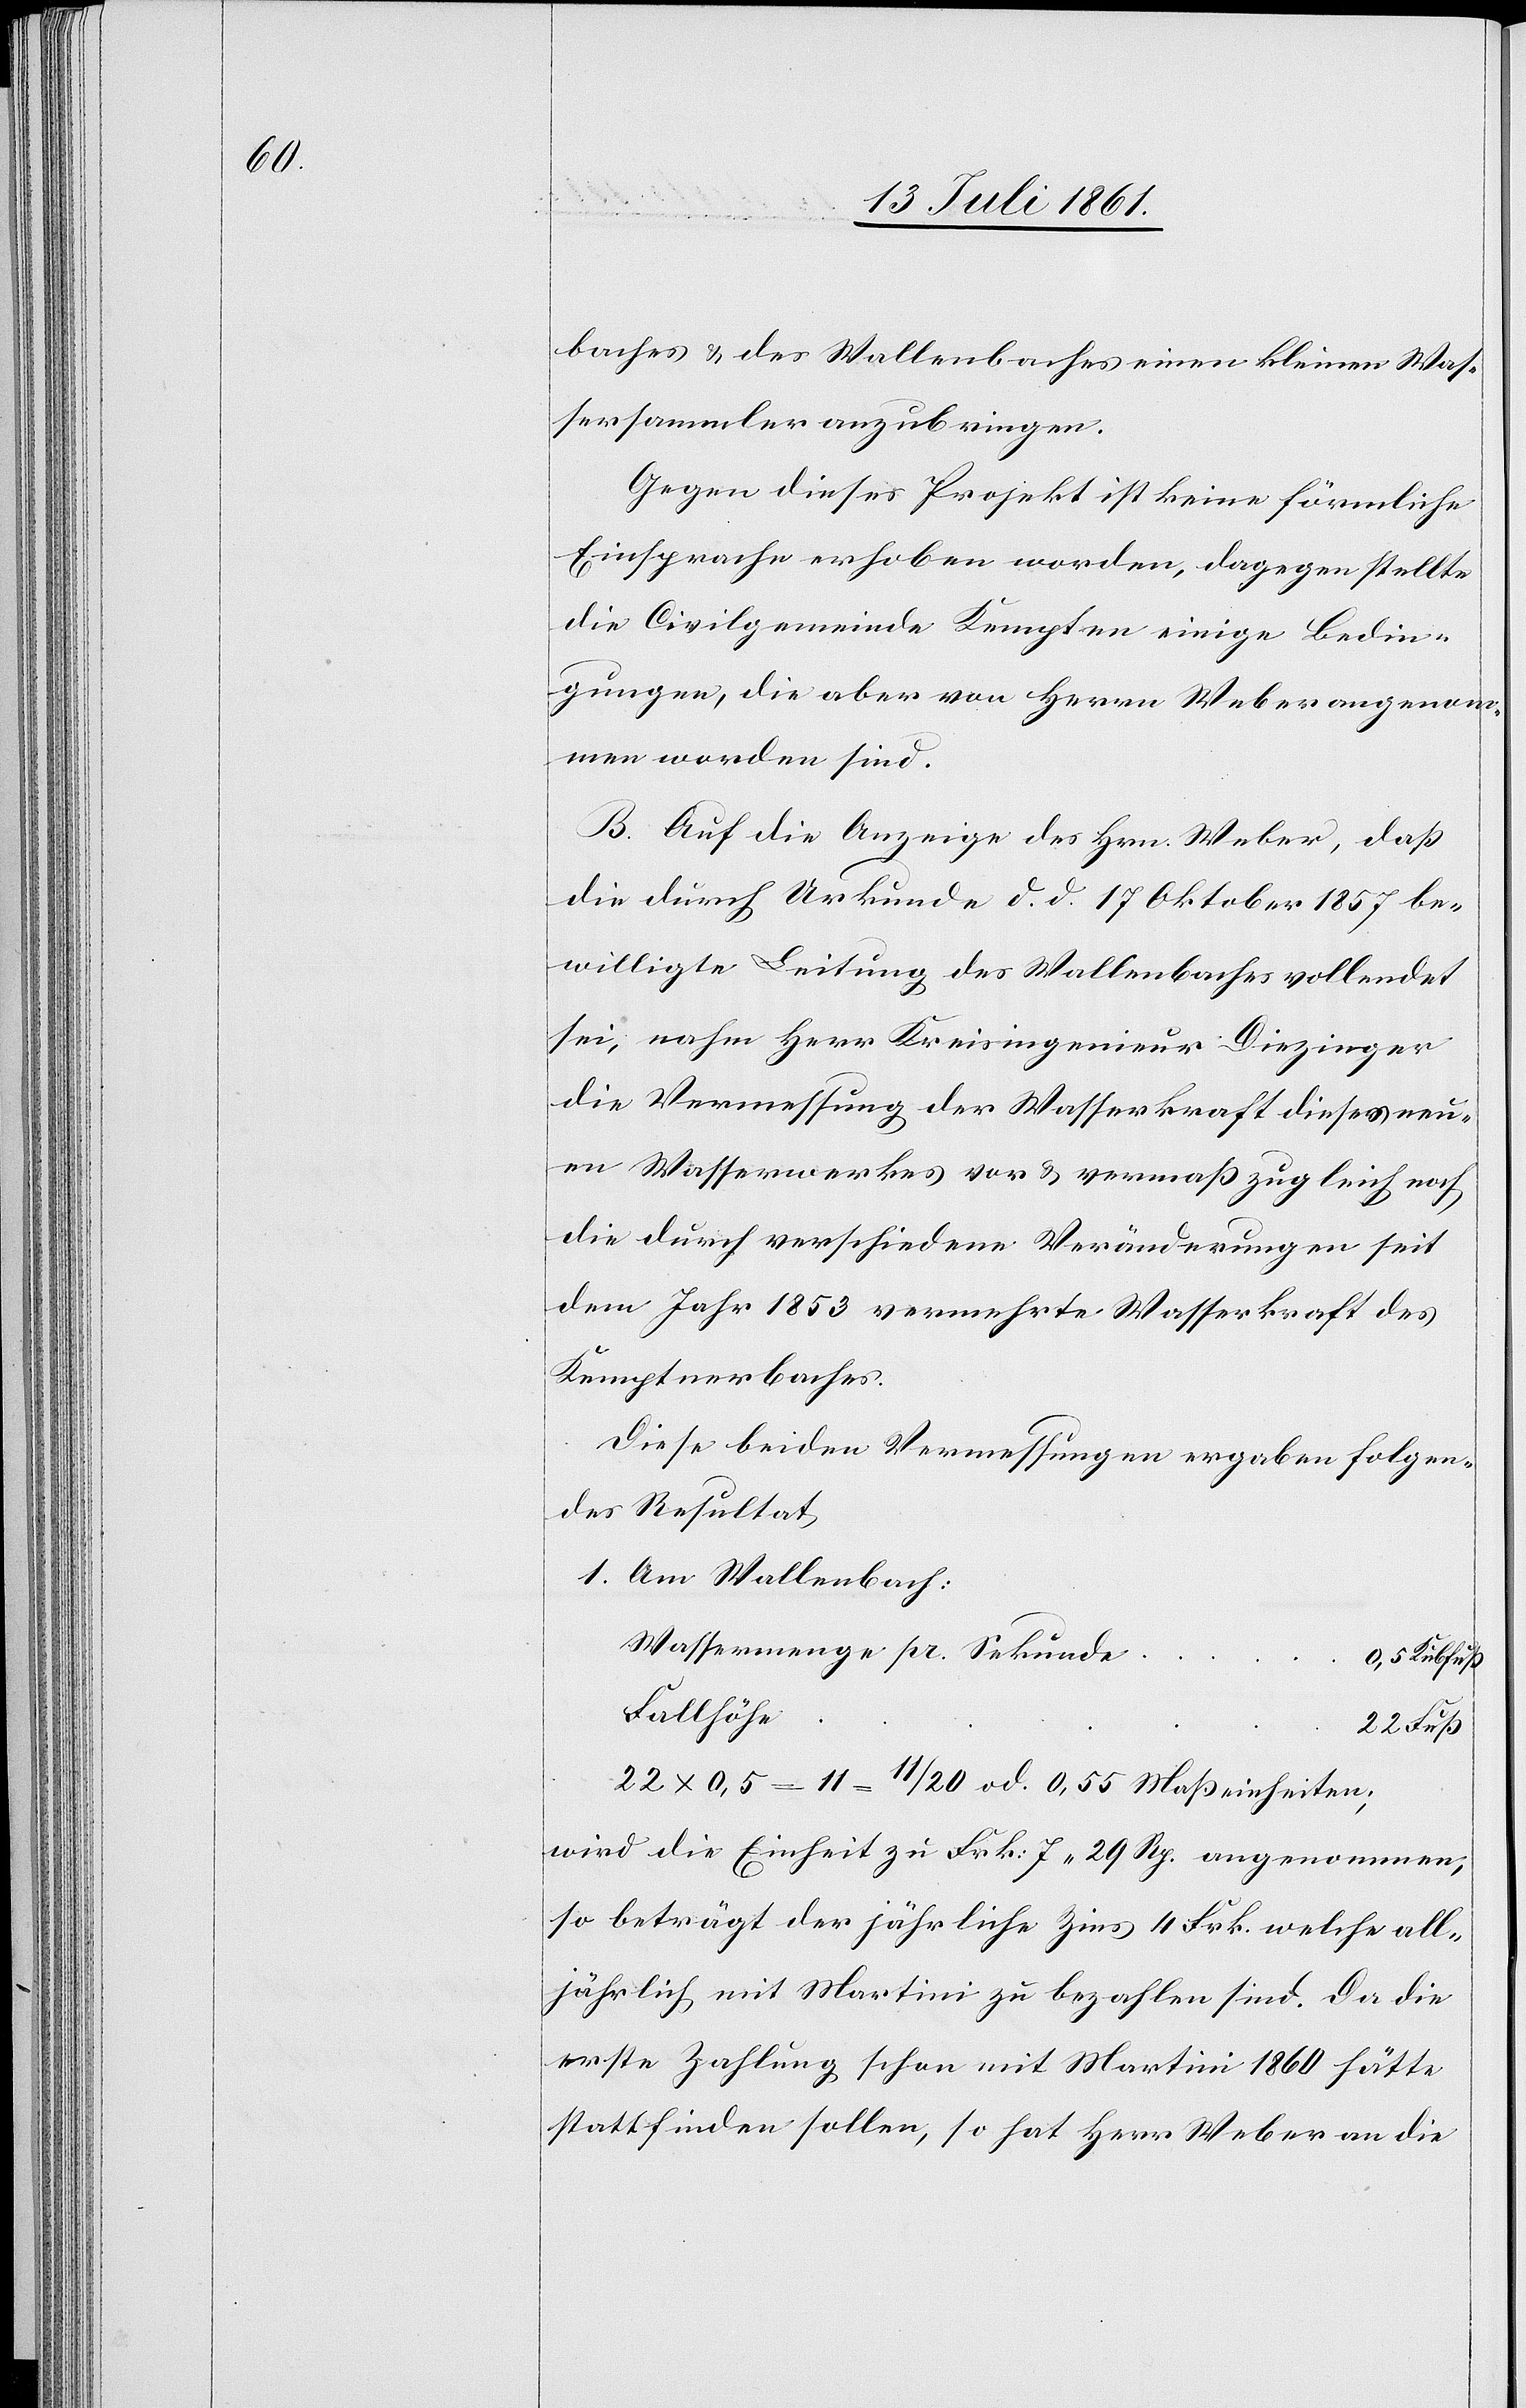
baches u. des Wallenbaches einen kleinen Was¬
sersammler anzubringen.
Gegen dieses Projekt ist keine förmliche
Einsprache erhoben worden, dagegen stellte
die Civilgemeinde Kempten einige Bedin¬
gungen, die aber von Herrn Weber angenom¬
men worden sind.
B. Auf die Anzeige des Hrn. Weber, daß
die durch Urkunde d. d. 17 Oktober 1857 be¬
willigte Leitung des Wallenbaches vollendet
sei, nahm Herr Kreisingenieur Diezinger
die Vermessung der Wasserkraft dieses neu¬
en Wasserwerkes vor u. vermaß zugleich noch
die durch verschiedene Veränderungen seit
dem Jahr 1853 vermehrte Wasserkraft des
Kemptenerbaches.
Diese beiden Vermessungen ergaben folgen¬
des Resultat
1. Am Wallenbach:
Wassermenge pr. Sekunde	0,5
22 x 0,5 = 11 = 11/20 od. 0,55 Maßeinheiten;
wird die Einheit zu Frk. 7,29 Rp. angenommen,
so beträgt der jährliche Zins 4 Frk. welche all¬
jährlich mit Martini zu bezahlen sind. Da die
erste Zahlung schon mit Martini 1860 hätte
stattfinden sollen, so hat Herrn Weber an die